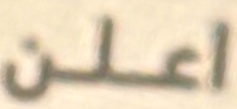
اعلن